Annual statistical returns and brief notes on vaccination in Bengal - 1887-1898
Year: 1887
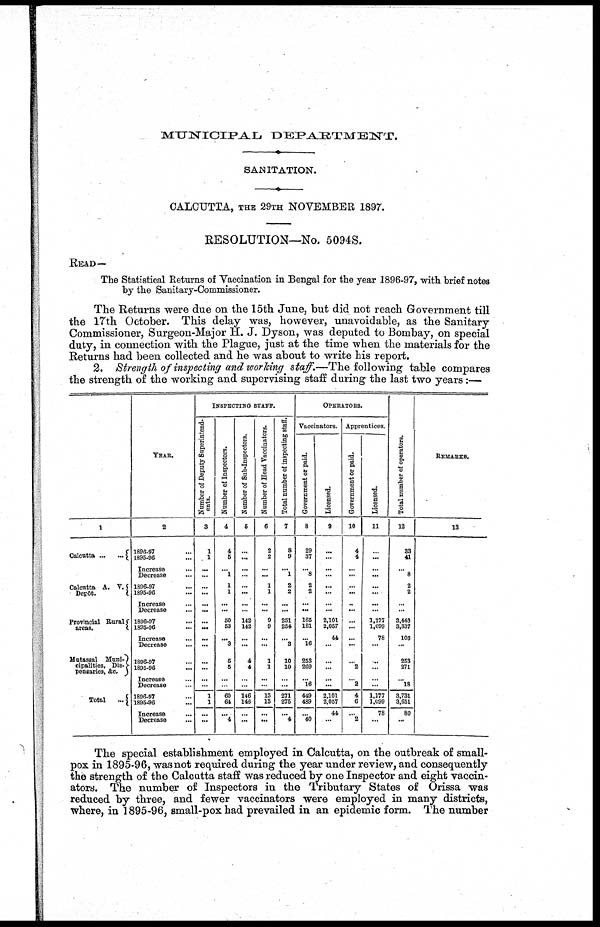
MUNICIPAL
DEPARTMENT.
SANITATION.
CALCUTTA, THE 29TH NOVEMBER 1897.
RESOLUTION—No. 5094S.
READ—
The Statistical Returns of Vaccination in Bengal for the year 1896-97, with brief notes
by the Sanitary-Commissioner.
The Returns were due on the 15th June, but did not reach Government till
the 17th October. This delay was, however, unavoidable, as the Sanitary
Commissioner, Surgeon-Major H. J. Dyson, was deputed to Bombay, on special
duty, in connection with the Plague, just at the time when the materials for the
Returns had been collected and he was about to write his report.
2. Strength of inspecting and working staff.—The following table compares
the strength of the working and supervising staff during the last two years:—
1
Calcutta
...
...
Calcutta A. V.
Depôt.
Provincial Rural
areas.
Mutassal Mani-
cipalities, Dis-
pensaries, &c.
Total
...
YEAR.
2
1896-97 ...
1895-96 ...
Increase ...
Decrease ...
1896-97 ...
1895-96 ...
Increase ...
Decrease
...
1896-97 ...
1895-96 ...
Increase ...
Decrease ...
1896-97...
1895-96 ...
Increase ...
Decrease ...
1896-97 ...
1895-96 ...
Increase ...
Decrease ...
INSPECTING STAFF.
Number of Deputy Superintend-
ents.
3
1
1
...
...
...
...
...
...
...
...
...
...
...
...
...
...
1
1
...
...
Number of Inspectors.
4
4
5
...
1
1
1
...
...
50
53
...
3
5
5
...
...
60
64
...
4
Number of Sub-Inspectors.
5
...
...
...
...
...
...
...
...
142
142
...
...
4
4
...
...
146
148
...
...
Number of Head Vaccinators.
6
2
2
...
...
1
1
...
...
9
9
...
...
1
1
...
...
13
13
...
...
Total number of inspecting staff.
7
8
9
...
1
2
2
...
...
251
254
...
3
10
10
...
...
271
275
...
4
OPERATORS.
Vaccinators.
Government or paid.
8
29
37
...
8
2
2
...
...
165
181
...
16
253
269
... 16
449
489
...
40
Licensed.
9
...
...
...
...
...
...
...
...
2,101
2,057
44
...
...
...
...
...
2,101
2,057
44
...
Apprentices.
Government or paid.
10
4
4
...
...
...
...
...
...
...
...
...
...
...
2
...
2
4
6
...
2
Licensed.
11
...
...
...
...
...
...
...
...
1,177
1,099
78
...
...
...
...
...
1,177
1,099
78
...
Total number of operators.
12
83
41
...
8
2
2
...
...
3,443
3,337
106
...
253
271
...
18
3,731
3,651
80
...
REMARKS.
13
The special establishment employed in Calcutta, on the outbreak of small-
pox in 1895-96, was not required during the year under review, and consequently
the strength of the Calcutta staff was reduced by one Inspector and eight vaccin-
ators. The number of Inspectors in the Tributary States of Orissa was
reduced by three, and fewer vaccinators were employed in many districts,
where, in 1895-96, small-pox had prevailed in an epidemic form. The number